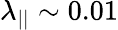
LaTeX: \lambda_{||}\sim 0.01